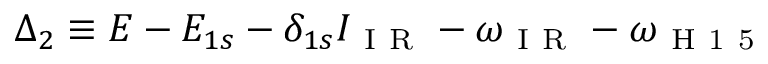
\Delta _ { 2 } \equiv E - E _ { 1 s } - \delta _ { 1 s } I _ { \mathrm { ~ I ~ R ~ } } - \omega _ { \mathrm { ~ I ~ R ~ } } - \omega _ { \mathrm { ~ H ~ 1 ~ 5 ~ } }